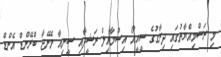
މި ރަސްމިއްޔާތުގައި ދިރާގުގެ ސީއީއޯ އިސްމާއިލް ރަޝީދާއި ސީނިއާ މެނޭޖާ ބްރޭންޑް އެންޑް